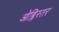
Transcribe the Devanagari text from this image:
ओब्लिस्तर